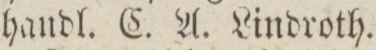
handl. C. A. Lindroth.